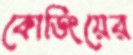
কোডিংয়ের